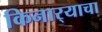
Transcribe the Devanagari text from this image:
किनार्‍याचा